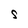
Character: S